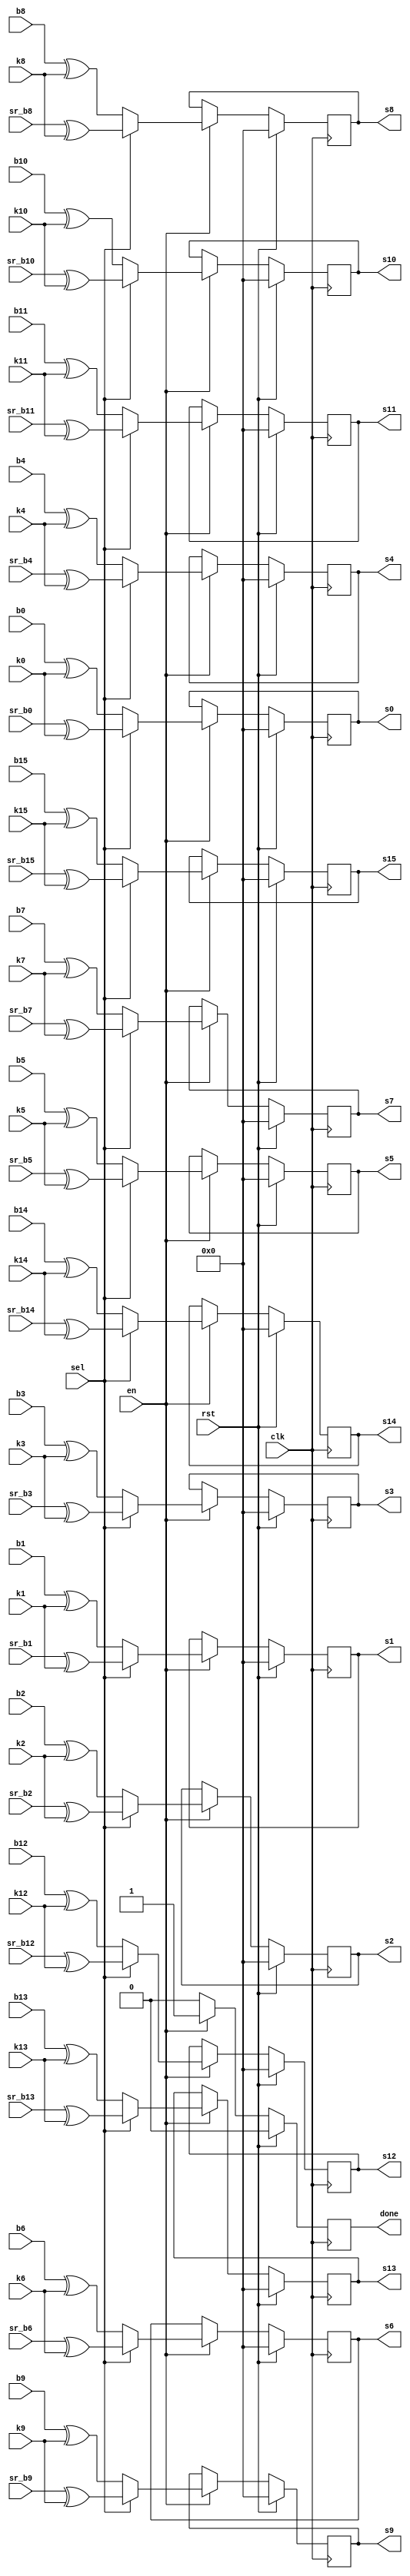
//============================================
//
// AddRoundKey Module used in Rounds
// sel==0: Input from MixColumn
// sel==1: Input from SubShift
//============================================

`timescale 1ns / 1ps
module addroundkey(	clk, rst, en,
					sel,
					b0, b1, b2, b3, b4, b5, b6, b7, b8, b9, b10, b11, b12, b13, b14, b15,
					sr_b0, sr_b1, sr_b2, sr_b3, sr_b4, sr_b5, sr_b6, sr_b7, sr_b8, sr_b9, sr_b10, sr_b11, sr_b12, sr_b13, sr_b14, sr_b15,
					k0, k1, k2, k3, k4, k5, k6, k7, k8, k9, k10, k11, k12, k13, k14, k15,
					s0, s1, s2, s3, s4, s5, s6, s7, s8, s9, s10, s11, s12, s13, s14, s15,
					done
				  );

input clk, rst, en;
input sel;
input[7:0] b0, b1, b2, b3, b4, b5, b6, b7, b8, b9, b10, b11, b12, b13, b14, b15;
input[7:0] sr_b0, sr_b1, sr_b2, sr_b3, sr_b4, sr_b5, sr_b6, sr_b7, sr_b8, sr_b9, sr_b10, sr_b11, sr_b12, sr_b13, sr_b14, sr_b15;
input[7:0] k0, k1, k2, k3, k4, k5, k6, k7, k8, k9, k10, k11, k12, k13, k14, k15;
output[7:0] s0, s1, s2, s3, s4, s5, s6, s7, s8, s9, s10, s11, s12, s13, s14, s15;
output done;

//By rules all the input ports should be wires
wire clk, rst, en;
wire sel;																			// Select wether the input is from ShiftRows(sel==1) or MixColumns(sel==0)																
wire[7:0] b0, b1, b2, b3, b4, b5, b6, b7, b8, b9, b10, b11, b12, b13, b14, b15;		// Input State from Plaintext or MixColumns
wire[7:0] k0, k1, k2, k3, k4, k5, k6, k7, k8, k9, k10, k11, k12, k13, k14, k15;		// Input Key-State from KeyExpansion 
wire[7:0] sr_b0, sr_b1, sr_b2, sr_b3, sr_b4, sr_b5, sr_b6, sr_b7, sr_b8, sr_b9, sr_b10, sr_b11, sr_b12, sr_b13, sr_b14, sr_b15;	// Input State from ShiftRows

//Output ports could be storage elements (regs) or wires
reg sb_en;																			// To enable S_Box before sending the address for substitution of bytes
reg[7:0] sb_out0, sb_out1, sb_out2, sb_out3;										// Output to S_Box
reg[7:0] s0, s1, s2, s3, s4, s5, s6, s7, s8, s9, s10, s11, s12, s13, s14, s15;		// Output to ShiftRows
reg done;

integer i=1;
integer j=1;


always @ (posedge clk)
begin: addkey

	if(rst==1'b1) begin
		s0 <=  8'h00;
		s1 <=  8'h00;
		s2 <=  8'h00;
		s3 <=  8'h00;
		s4 <=  8'h00;
		s5 <=  8'h00;
		s6 <=  8'h00;
		s7 <=  8'h00;
		s8 <=  8'h00;
		s9 <=  8'h00;
		s10 <= 8'h00;
		s11 <= 8'h00;
		s12 <= 8'h00;
		s13 <= 8'h00;
		s14 <= 8'h00;
		s15 <= 8'h00;
		done = 0;
	end
	
	else if(en==1'b1) begin
	
		if(sel==0) begin	//Input state from MixColumns
			s0 = b0 ^ k0;
			s1 = b1 ^ k1;
			s2 = b2 ^ k2;
			s3 = b3 ^ k3;
			s4 = b4 ^ k4;
			s5 = b5 ^ k5;
			s6 = b6 ^ k6;
			s7 = b7 ^ k7;
			s8 = b8 ^ k8;
			s9 = b9 ^ k9;
			s10 = b10 ^ k10;
			s11 = b11 ^ k11;
			s12 = b12 ^ k12;
			s13 = b13 ^ k13;
			s14 = b14 ^ k14;
			s15 = b15 ^ k15;
			done=1;			
		end
		
		else if(sel==1) begin	//Input state from SubShift
			s0 = sr_b0 ^ k0;
			s1 = sr_b1 ^ k1;
			s2 = sr_b2 ^ k2;
			s3 = sr_b3 ^ k3;
			s4 = sr_b4 ^ k4;
			s5 = sr_b5 ^ k5;
			s6 = sr_b6 ^ k6;
			s7 = sr_b7 ^ k7;
			s8 = sr_b8 ^ k8;
			s9 = sr_b9 ^ k9;
			s10 = sr_b10 ^ k10;
			s11 = sr_b11 ^ k11;
			s12 = sr_b12 ^ k12;
			s13 = sr_b13 ^ k13;
			s14 = sr_b14 ^ k14;
			s15 = sr_b15 ^ k15;
			done=1;
		end
	end
	
	else begin
		done = 0;
	end
	
end		//End of Block addkey

endmodule